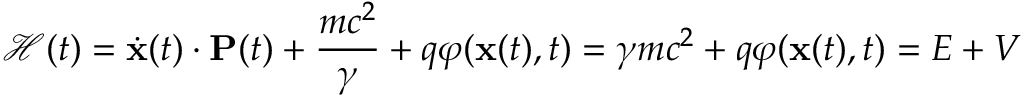
{ \mathcal { H } } ( t ) = { \dot { \mathbf { x } } } ( t ) \cdot \mathbf { P } ( t ) + { \frac { m c ^ { 2 } } { \gamma } } + q \varphi ( \mathbf { x } ( t ) , t ) = \gamma m c ^ { 2 } + q \varphi ( \mathbf { x } ( t ) , t ) = E + V